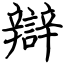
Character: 辯